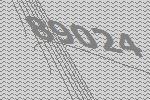
89024